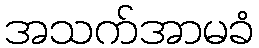
အသက်အာမခံ